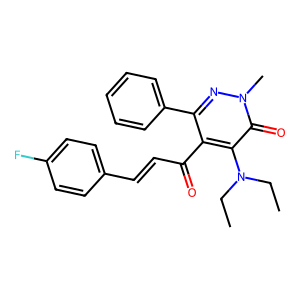
SMILES: CCN(CC)c1c(C(=O)C=Cc2ccc(F)cc2)c(-c2ccccc2)nn(C)c1=O
Inhibits HIV replication: No